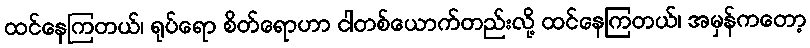
ထင်နေကြတယ်၊ ရုပ်ရော စိတ်ရောဟာ ငါတစ်ယောက်တည်းလို့ ထင်နေကြတယ်၊ အမှန်ကတော့